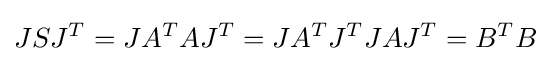
JSJ^{T}=JA^{T}AJ^{T}=JA^{T}J^{T}JAJ^{T}=B^{T}B